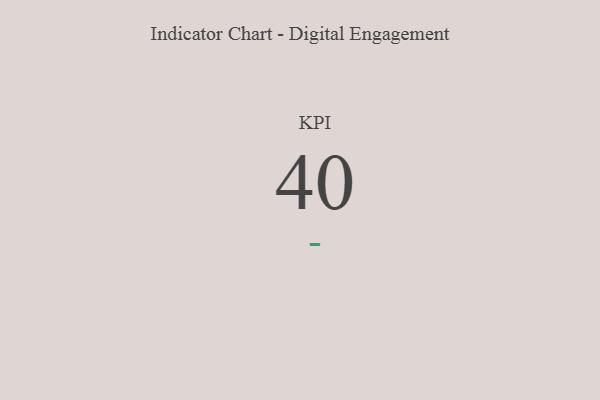
{"axis": {"x": "KPI", "y": "Value"}, "legend": [""], "data": [{"x": "KPI", "y": 40, "type": ""}]}